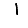
Digit: 1